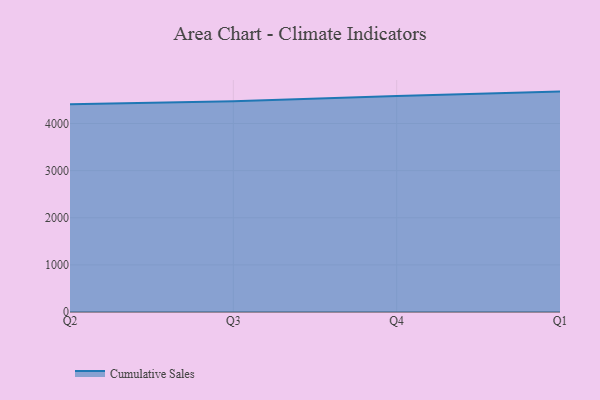
{"axis": {"x": "Quarter", "y": "Operating Costs (USD K)"}, "legend": ["Cumulative Sales"], "data": [{"x": "Q2", "y": 4407.4, "type": "Cumulative Sales"}, {"x": "Q3", "y": 4472.9, "type": "Cumulative Sales"}, {"x": "Q4", "y": 4585.0, "type": "Cumulative Sales"}, {"x": "Q1", "y": 4677.1, "type": "Cumulative Sales"}]}